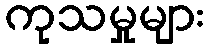
ကုသမှုများ